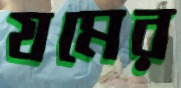
যমের